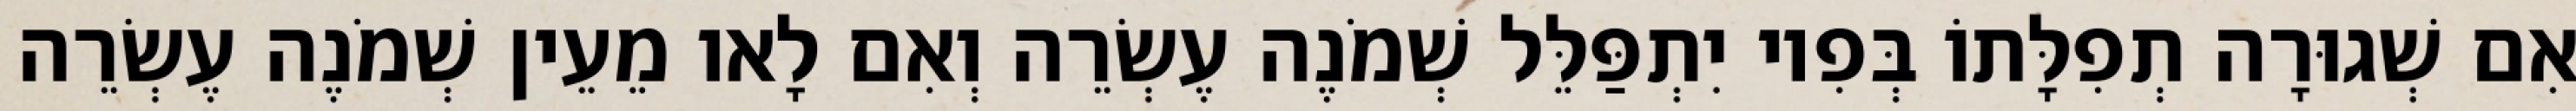
אִם שְׁגוּרָה תְפִלָּתוֹ בְּפִיו יִתְפַּלֵּל שְׁמֹנֶה עֶשְׂרֵה וְאִם לָאו מֵעֵין שְׁמֹנֶה עֶשְׂרֵה